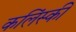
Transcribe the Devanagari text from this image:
कलिंस्की